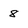
Character: 8